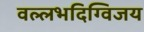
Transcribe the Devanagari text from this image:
वल्लभदिग्विजय